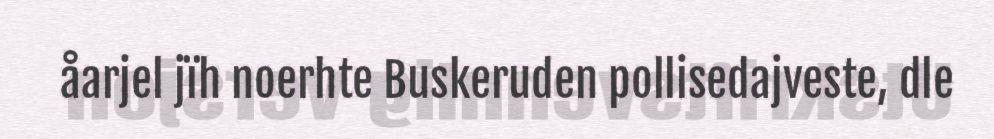
åarjel jïh noerhte Buskeruden pollisedajveste, dle